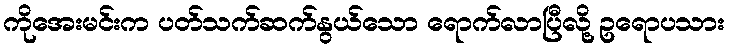
ကိုအေးမင်းက ပတ်သက်ဆက်နွယ်သော ရောက်လာပြီလို့ ဥရောပသား